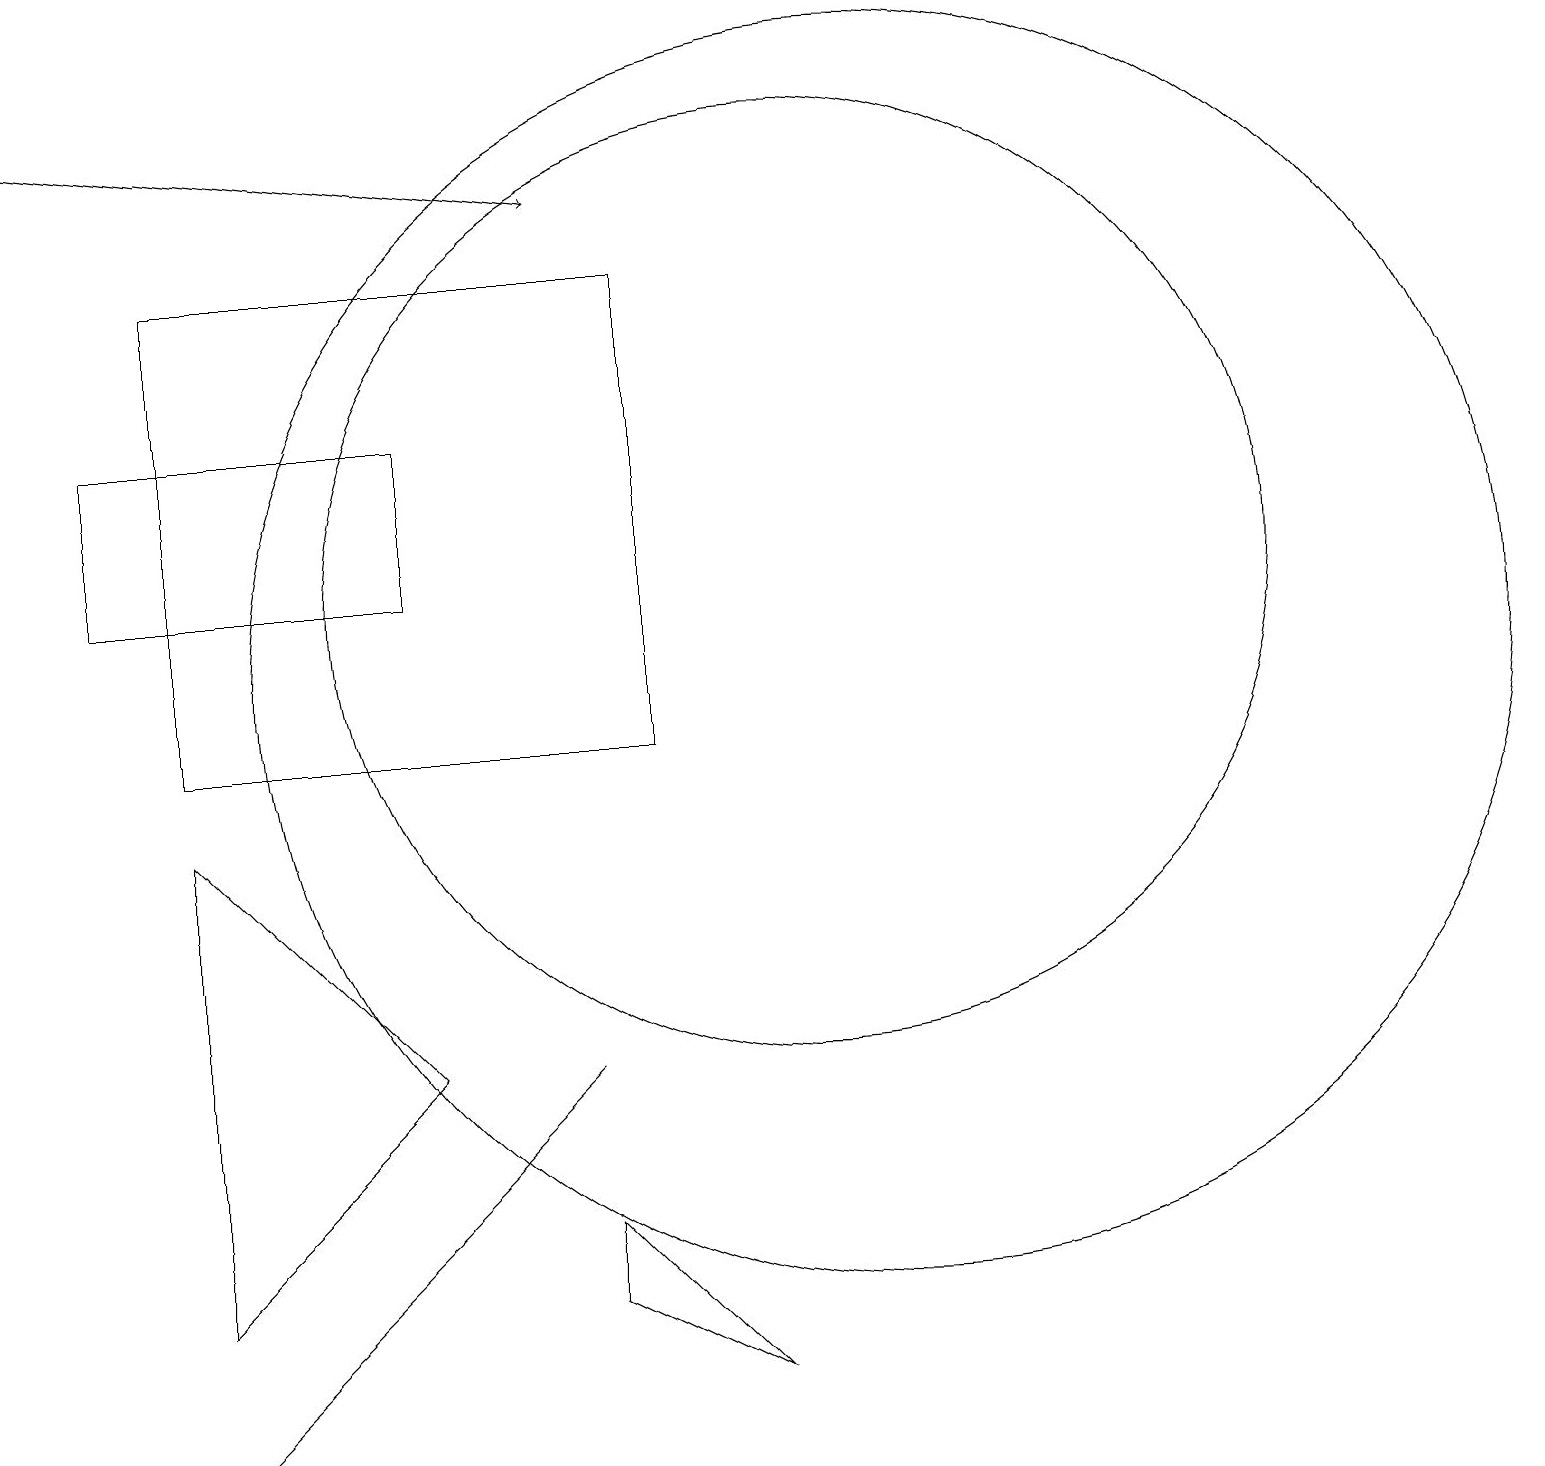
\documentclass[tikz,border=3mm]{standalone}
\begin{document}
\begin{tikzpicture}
\draw (10,12) circle (6);
\draw (8,16) rectangle (2,10);
\draw (11,11) circle (8);
\draw (5,4) -- (7,6) -- (2,1) -- cycle;
\draw (1,14) rectangle (5,12);
\draw (2,3) -- (5,6) -- (2,9) -- cycle;
\draw (7,4) -- (7,3) -- (9,2) -- cycle;
\draw[->] (0,18) -- (7,17);
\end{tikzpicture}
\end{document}